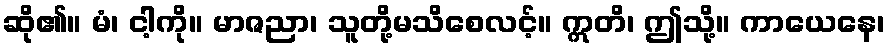
ဆို၏။ မံ၊ ငါ့ကို။ မာဇညာ၊ သူတို့မသိစေလင့်။ ဣတိ၊ ဤသို့။ ကာယေနေ၊